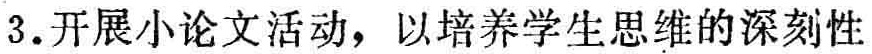
3.开展小论文活动，以培养学生思维的深刻性